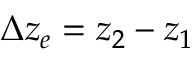
\Delta z _ { e } = z _ { 2 } - z _ { 1 }